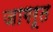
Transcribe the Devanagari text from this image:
जागरूत